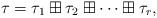
LaTeX: \begin{align*}\tau=\tau_1\boxplus\tau_2\boxplus\cdots\boxplus\tau_r,\end{align*}